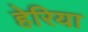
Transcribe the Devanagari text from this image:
हेरिया